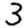
Digit: 3